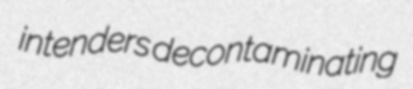
intenders decontaminating